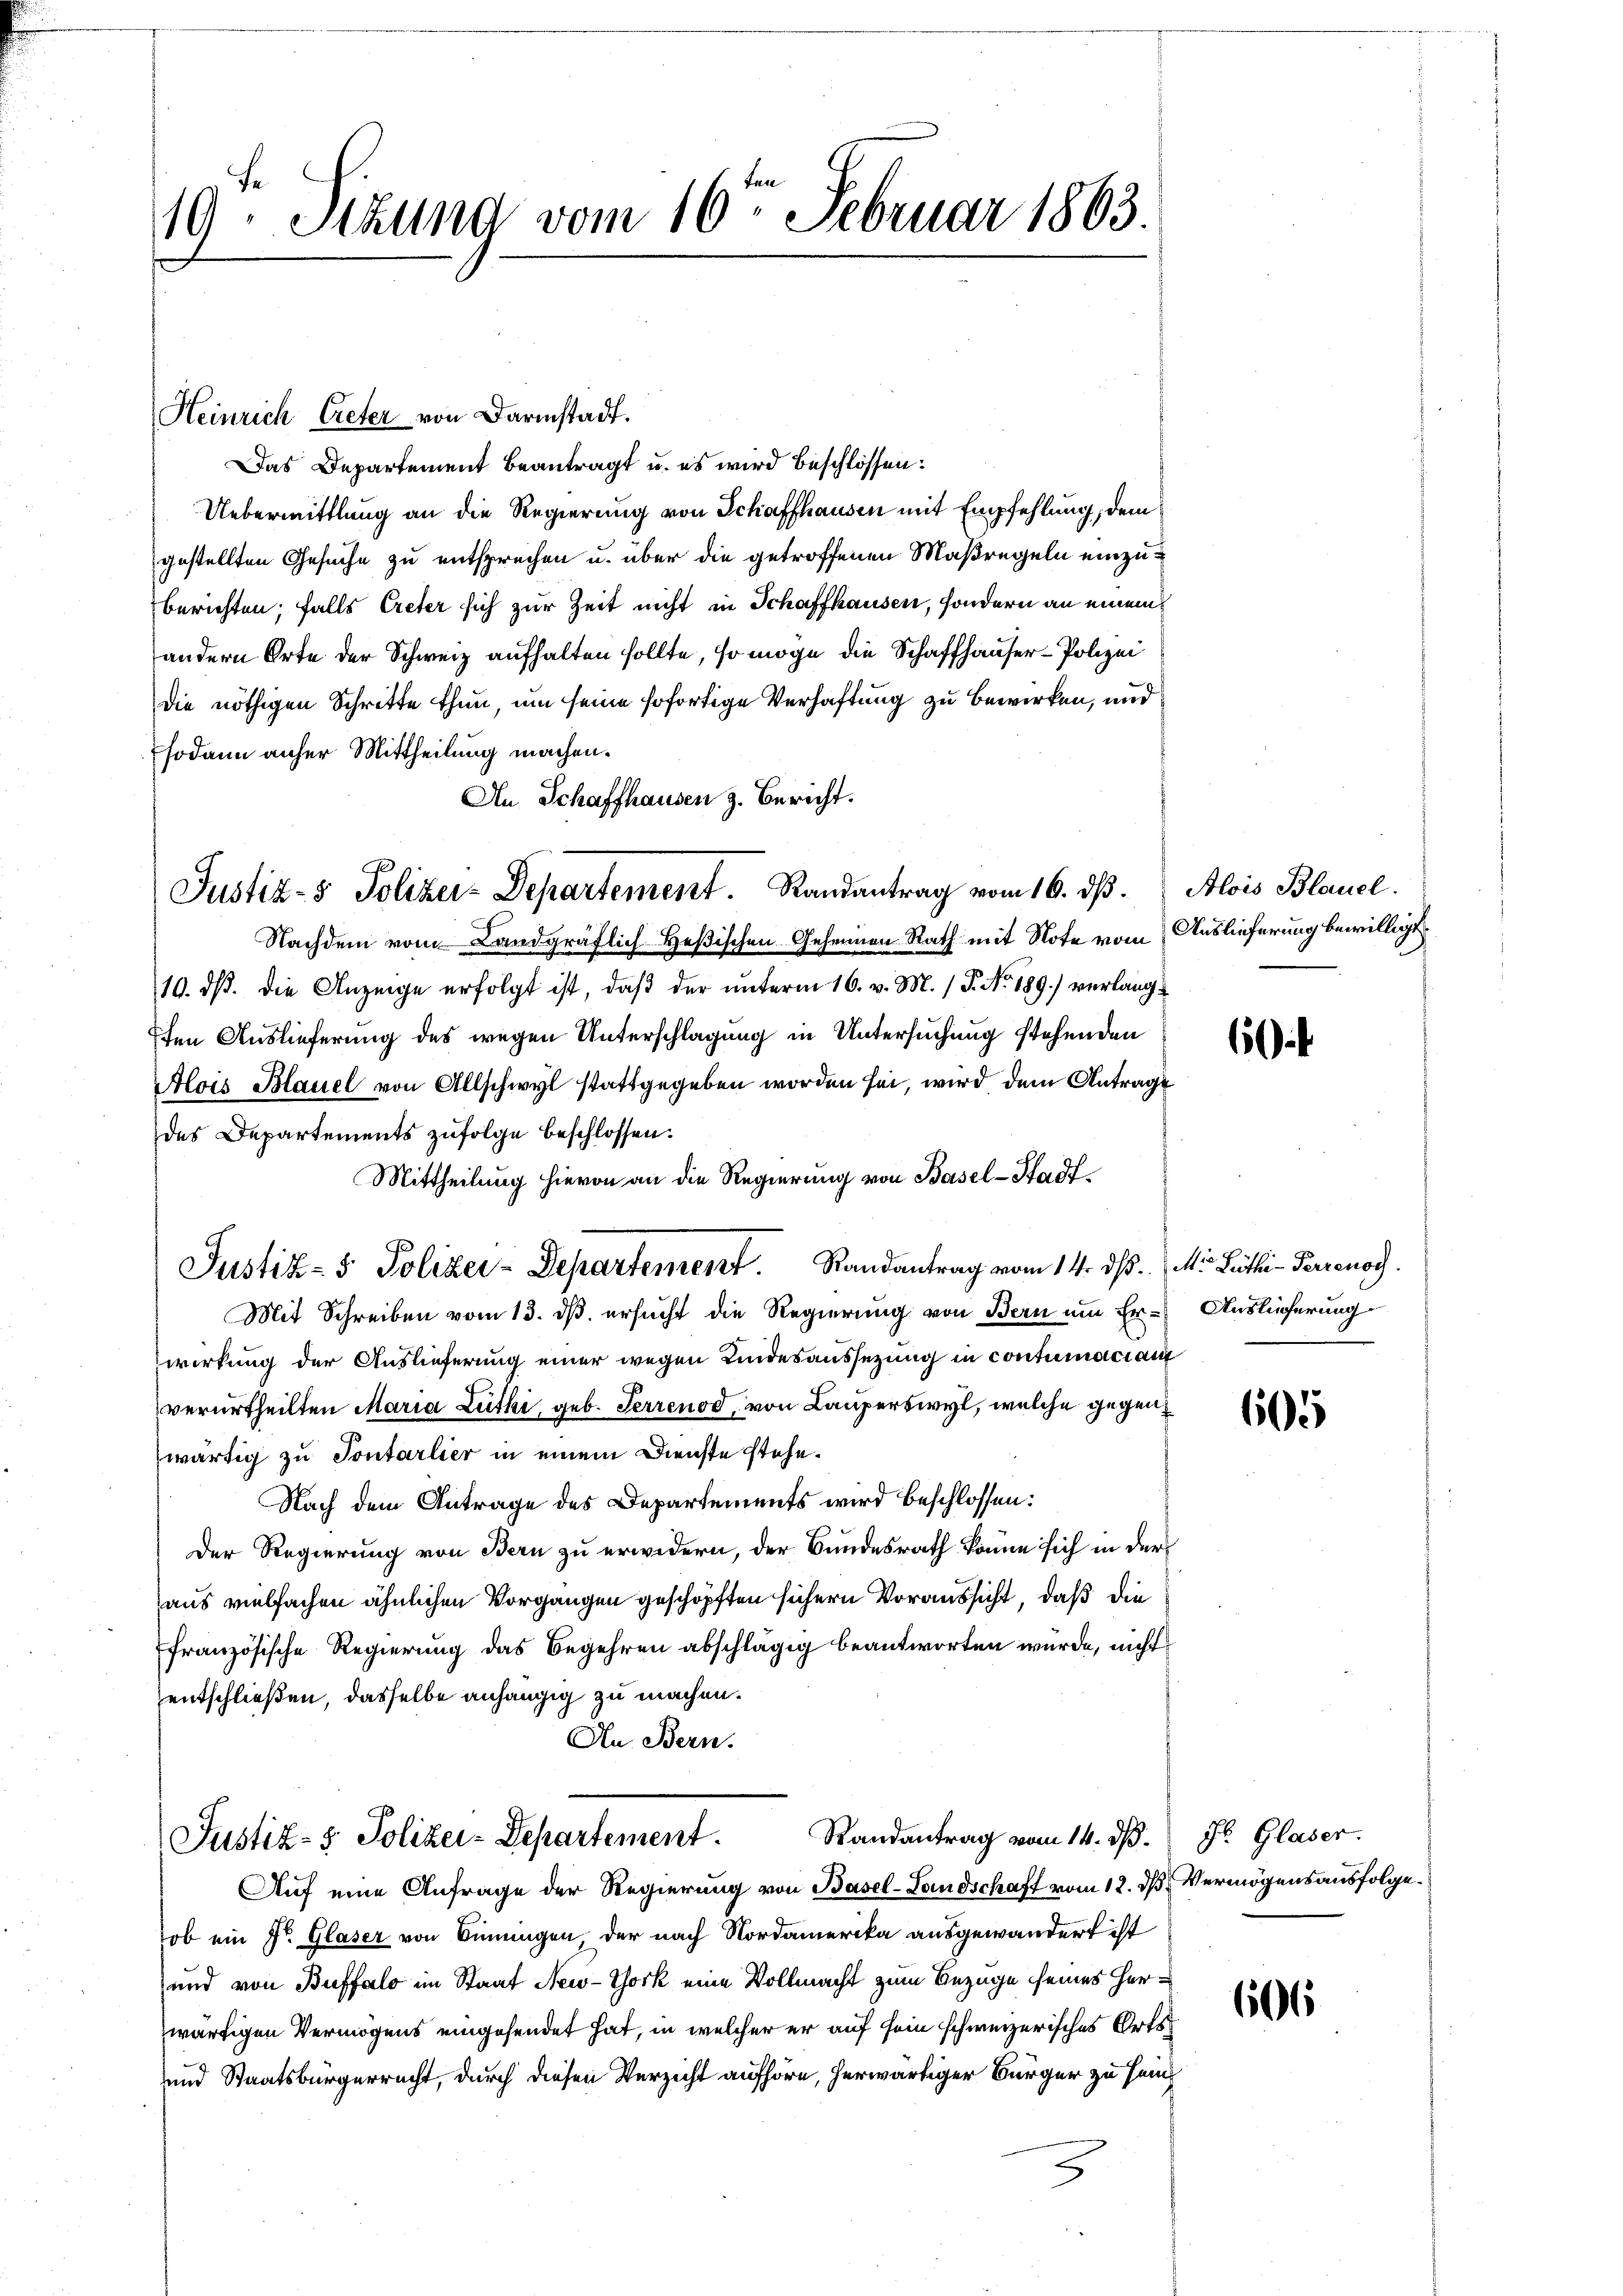
19. Stund vom 16ten Februar 1863.

Heinrich Creter von Darmstadt.
Das Departement beantragt u. es wird beschlossen:
Uebermittlung an die Regierung von Schaffhausen mit Empfehlung, dem
gestellten Gesuche zu entsprechen u. über die getroffenen Maßregeln einzuberichten; falls Ereter sich zur Zeit nicht in Schaffhausen, sondern an einem
andern Orte der Schweiz aufhalten sollte, so möge die Schaffhauser - Polizei
die nöthigen Schritte thun, um seine sofortige Verhaftung zu bewirken, und
sodann anher Mittheilung machen.
An Schaffhausen z. Bericht.
Nachdem vom Landgräflich Heßischen Geheimen Rath mit Note vom
10. ds. die Anzeige erfolgt ist, daß der unterm 16. v. M. / P. No. 189.) verlangen Auslieferung des wegen Unterschlagung in Untersuchung stehenden
Alois Blauel von Allschwyl stattgegeben worden sei, wird dem Antrag
des Departements zufolge beschlossen:
Mittheilung hievon an die Regierung von Basel-Stadt¬
Justiz- & Polizei-Departement. Randantrag vom 14. ds.
Mit Schreiben vom 13. dß ersucht die Regierung von Bern um Er- Auslieferung
wirkung der Auslieferung einer wegen Kindesaussezung in contumacian
verurtheilten Maria Luthi, geb. Terrenod, von Lauperswyl, welche gegenwärtig zu Pontarlier in einem Dienste stehe.
Nach dem Antrage des Departements wird beschlossen:
Der Regierung von Bern zu erwidern, der Bundesrath könne sich in der
aus vielfachen ähnlichen Vorgangen geschöpften sichern Voraussicht, daß die
französische Regierung das Begehren abschlägig beantworten wurde, nicht
entschließen, dasselbe anhängig zu machen.
An Bern.

Justiz- & Polizer-Departement. Randantrag vom 16. ds.

Randantrag vom 14. dß.
Justiz- & Polizei-Departement.

Alois Blauel.
Auslieferung bewilligt.

Auf eine Anfrage der Regierung von Basel-Landschaft vom 12. ds Vermögensausfolgeob ein fr. Glaser von Sinnungen, der nach Nordamerika ausgewandert ist
und von Buffalo im Staat New-York eine Vollmacht zum Bezüge seines Herwärtigen Vermögens eingesendet hat, in welcher er auf sein schweizerisches Orts¬
und Staatsbürgerrecht, durch diesen Verzicht aufhöre, herwärtiger Bürger zu sein¬
3

6

Mi Lüthi-Perrenog

605

J. Glaser.

606